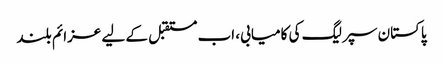
پاکستان سپر لیگ کی کامیابی، اب مستقبل کے لیے عزائم بلند